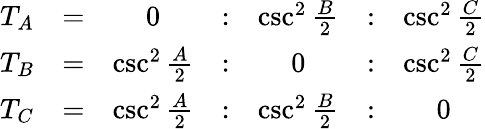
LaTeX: {\begin{array}{ccccccc}{T_{A}}&{=}&{0}&{:}&{\csc^{2}{\frac{B}{2}}}&{:}&{\csc^{2}{\frac{C}{2}}}\\ {T_{B}}&{=}&{\csc^{2}{\frac{A}{2}}}&{:}&{0}&{:}&{\csc^{2}{\frac{C}{2}}}\\ {T_{C}}&{=}&{\csc^{2}{\frac{A}{2}}}&{:}&{\csc^{2}{\frac{B}{2}}}&{:}&{0}\end{array}}